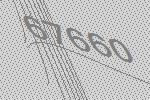
67660